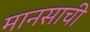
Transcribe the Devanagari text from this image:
मानसाची